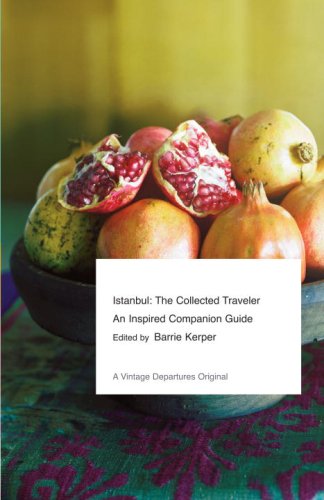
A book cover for Istanbul: The Collected Traveler: An Inspired Companion Guide (Vintage Departures); Barrie Kerper; Travel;